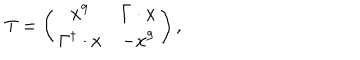
T = \left( \begin{matrix} { { x ^ { 9 } } } & { { \Gamma \cdot x } } \\ { { \Gamma ^ { \dagger } \cdot x } } & { { - x ^ { 9 } } } \\ \end{matrix} \right) ,